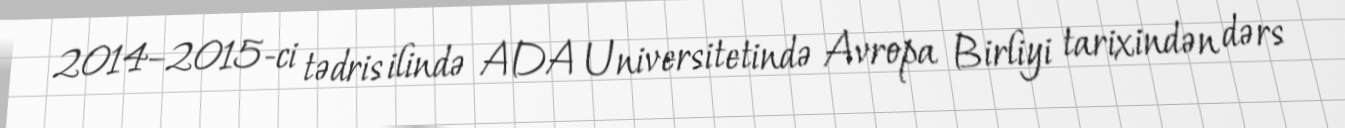
2014–2015-ci tədris ilində ADA Universitetində Avropa Birliyi tarixindən dərs